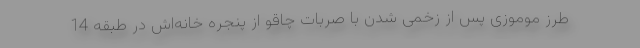
طرز موموزی پس از زخمی شدن با صربات چاقو از پنجره خانه‌اش در طبقه 14